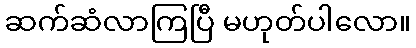
ဆက်ဆံလာကြပြီ မဟုတ်ပါလော။